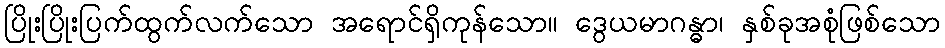
ပြိုးပြိုးပြက်ထွက်လက်သော အရောင်ရှိကုန်သော။ ဒွေယမာဂန္ဓာ၊ နှစ်ခုအစုံဖြစ်သော